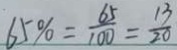
6 5 \% = \frac { 6 5 } { 1 0 0 } = \frac { 1 3 } { 2 0 }